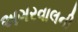
અગરવાલની